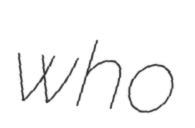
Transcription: who